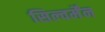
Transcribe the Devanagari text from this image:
सिल्वर्मेंन